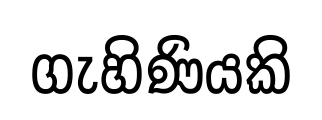
ගැහිණියකි